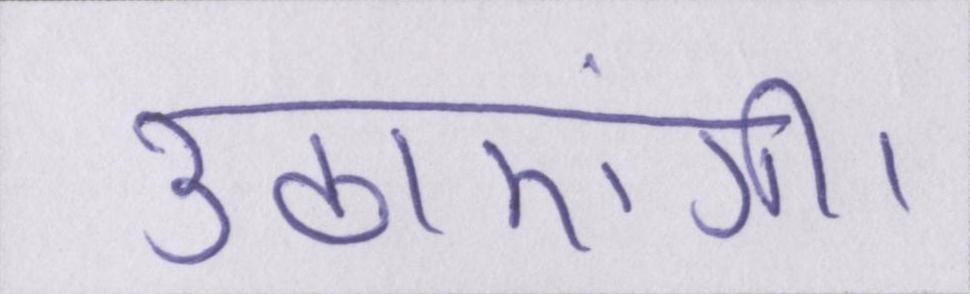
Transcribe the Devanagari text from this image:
उठाएंगी।